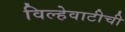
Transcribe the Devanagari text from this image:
विल्हेवाटीची